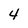
Character: 4